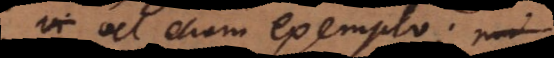
vel etiam exemplo.